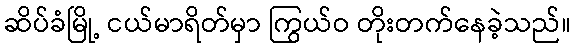
ဆိပ်ခံမြို့ ငယ်မာရိတ်မှာ ကြွယ်ဝ တိုးတက်နေခဲ့သည်။